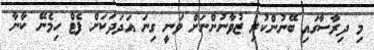
މި ދިރާސާގައި ބޭނުންކުރި ޒުވާނުންނަށް ވަނީ ގިނަ އަދަދަކަށް ފެޓް ހިމެނޭ ކާނާ